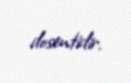
dosentidir.